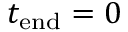
t _ { \mathrm { e n d } } = 0